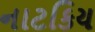
નાટકિય